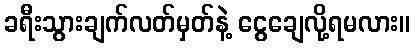
ခရီးသွားချက်လတ်မှတ်နဲ့ ငွေချေလို့ရမလား။